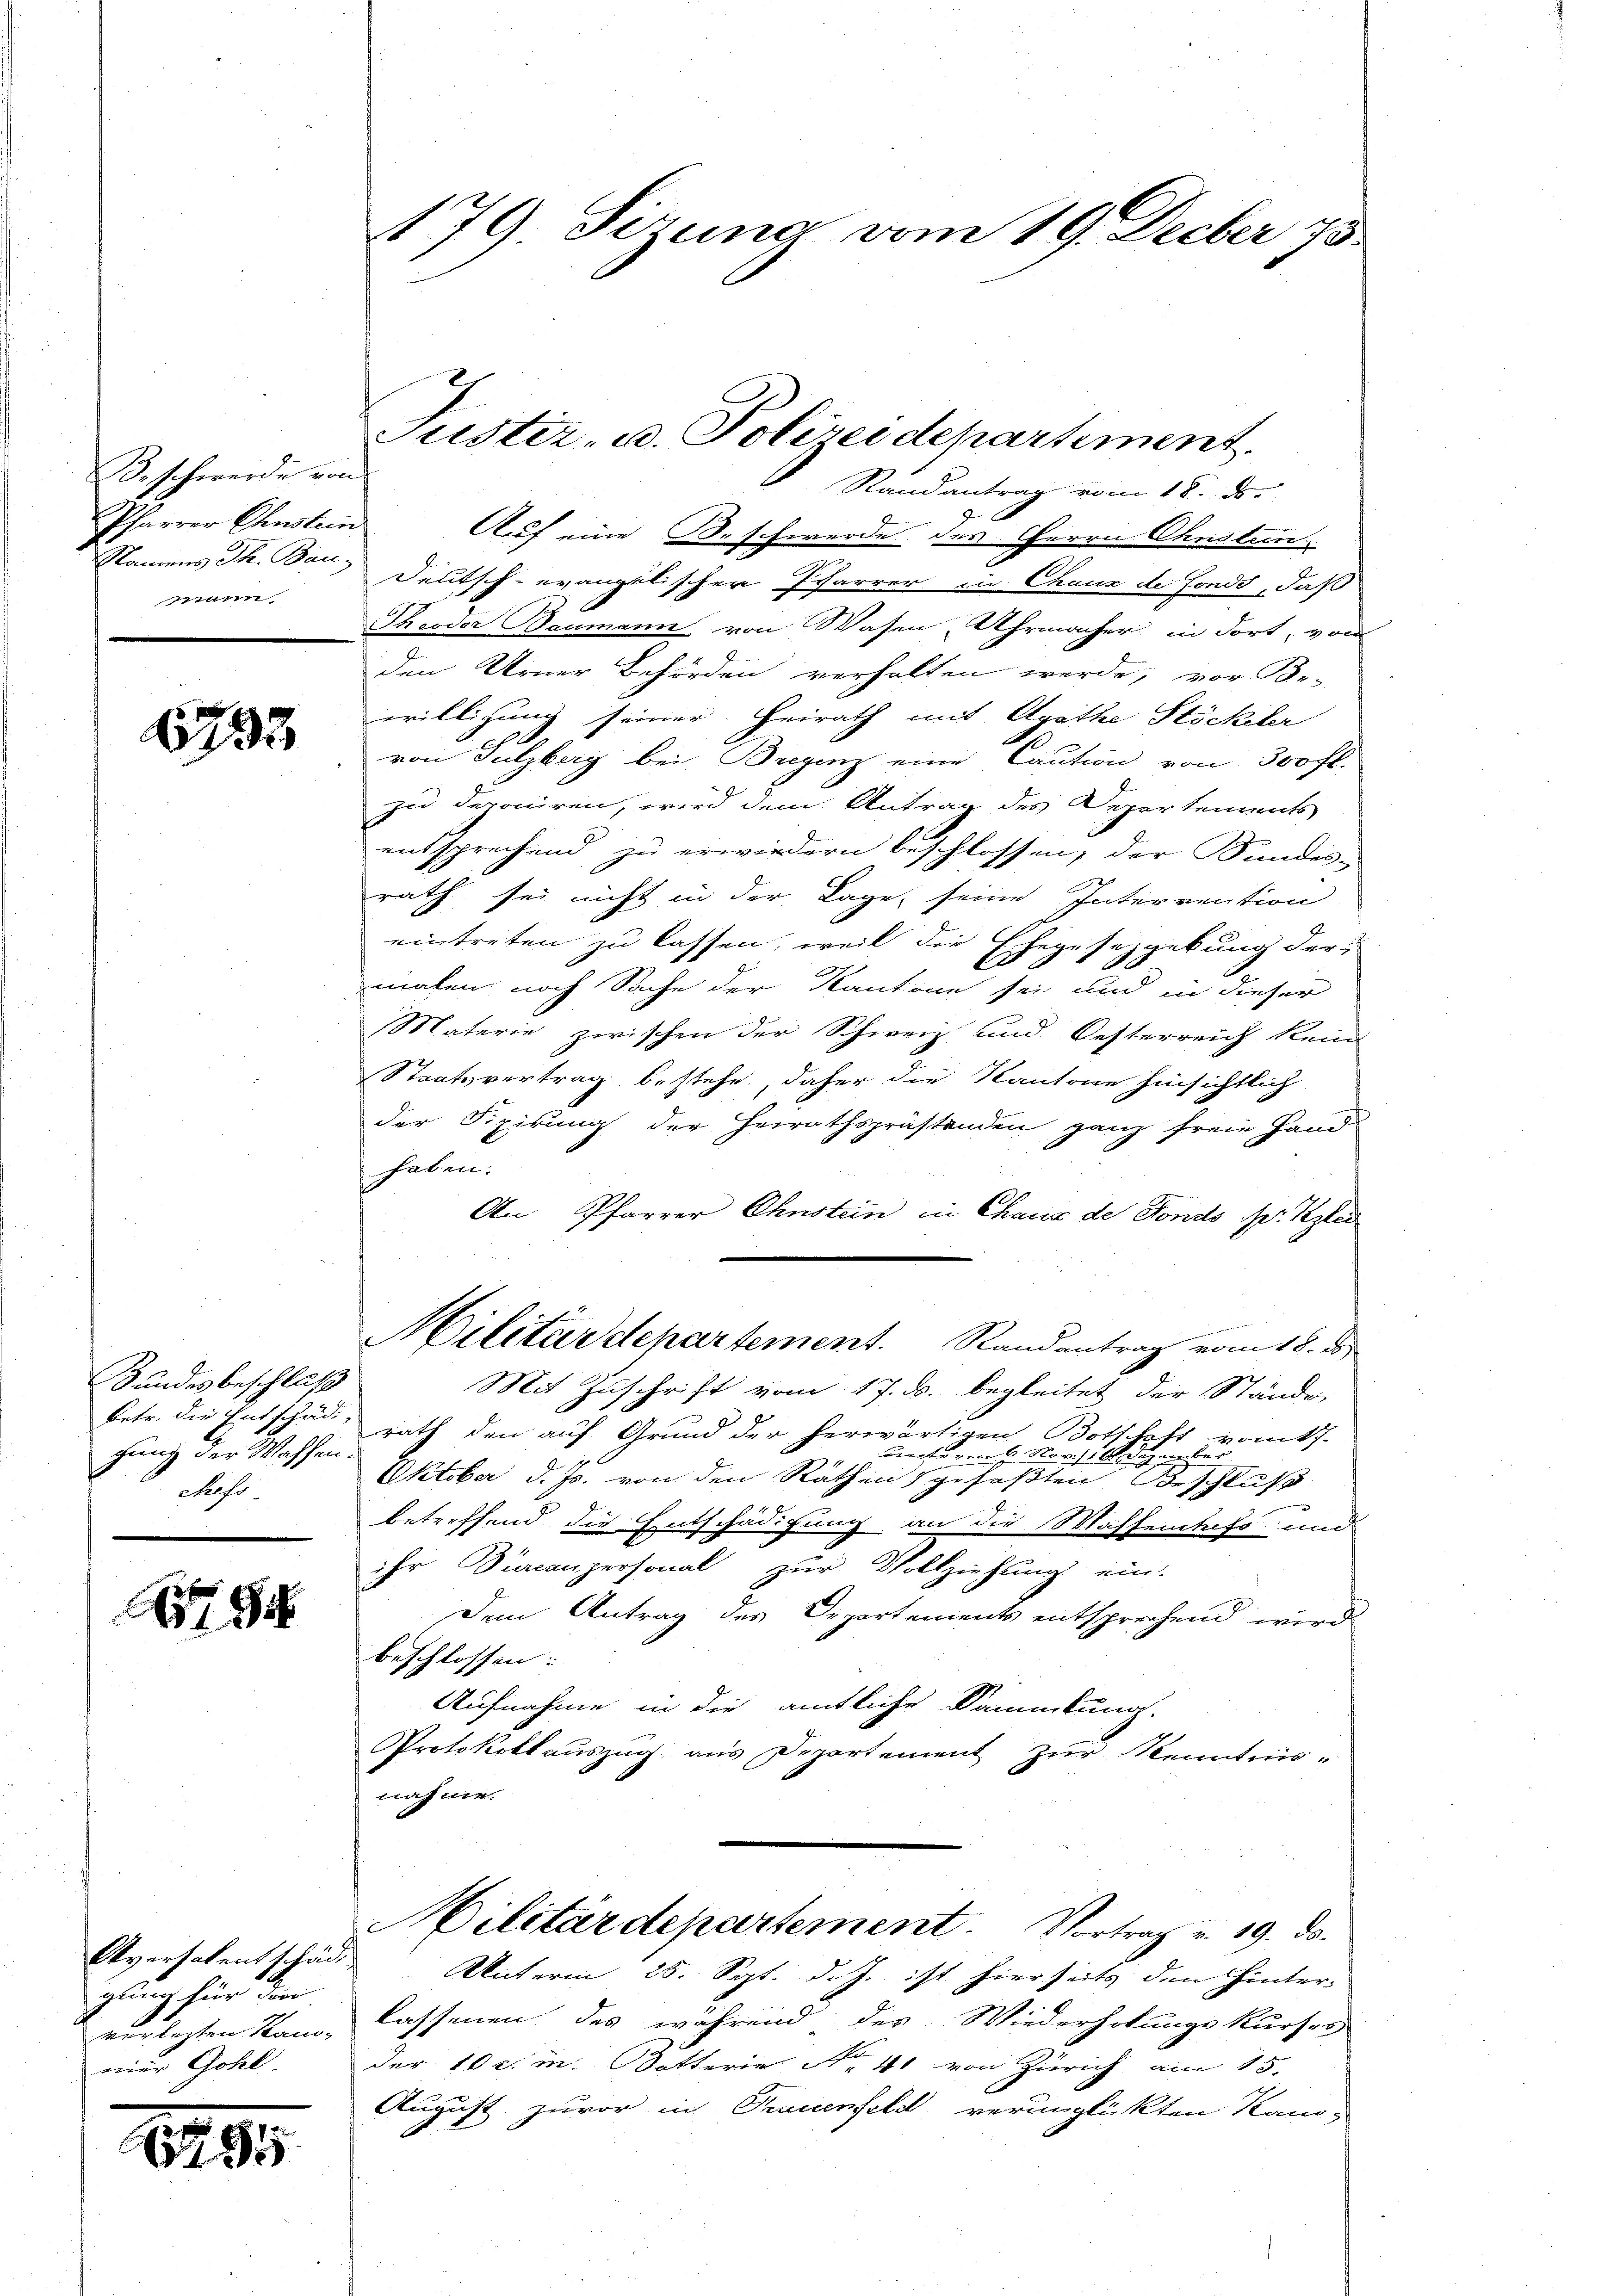
Beschwerde von
n

6733

Handesbeschluß
gung der Waffen.
choss

8

Aversalentschädgun für die
verleiten Stand,
mier Gohl.

1795

179. Sizung vom 19. Decber 75

Randantrag vom 18. d.
Plarrer Ehnstein Auf eine Beschwerde des Herrn Chustein
Namens Th. Bau, Deutsch-evangelischer Pfarrer in Chaux de fonds, daß
Theodor Baumann von Wasen, Uhrmacher in dort, vom
den Urner Behörden verhalten werde; vor Be-
willigung seiner Heirath mit Agathe Stickeler
von Sulzberg bei Bregenz eine Caution von 300 fl.
zu deponiren, wird dem Antrag des Departements
entsprechend, zu erwiedern beschlossen, der Kundes-
rath sei nicht in der Lage, seine Interrention
eintreten zu lassen, weil die Ehegesezgebung der
l
malen noch Sache der Kantone sei und in dieser
Materie zwischen der Schweiz und Oesterreich kein
Staatsvertrag bestehe, daher die Kantone hinsichtlich
der Fixirung der Heirathsprästenden ganz freie Hand
haben.
An Pfarrer Chnstein in Chaus de Fonds J. Kzle
Militärdepartement. Randentrag vom 18. ds.
Mit Zuschrift vom 17. ds. begleitet der Stände,
betr. die Entschad rath den auf Grund der herwärtigen Botschaft vom 7.
uierte vom 6. Nov. 16. Dez.
Oktober d. Js. von den Räthen gefaßten Beschluß
betreffend die Entschädigung an die Wassentes und
ihr Diaconpersonal zur Vollziehung ein.
Dem Antrag des Departements entsprechend wird
beschlossen:
Aufnahme in die amtliche Sammlung.
Protokollauszug aus Departement zur Kenntnis-
nahme.
Militärdepartement. Vortrag v. 19. ds.
Unterm 25. Sept. d. J. ist hierseits den Hinter-
lassenen des während des Wiederholungskurses
der 10 l. m. Dotterie N. 41 von Zürich am 15.
August zuvor in Trauenfeld verunglückten Kam-

Justiz- u. Polizeidepartement.